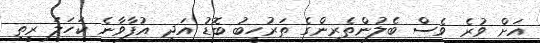
އަށް ވުރެ ވެސް ބެލުންތެރިންގެ ތަރުހީބު ބޮޑު އަދި އުފާވާނެ ކަހަލަ ރީތި